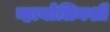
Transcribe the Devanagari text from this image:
व्हायोलिनशी